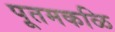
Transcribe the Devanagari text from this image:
पूतमकळि